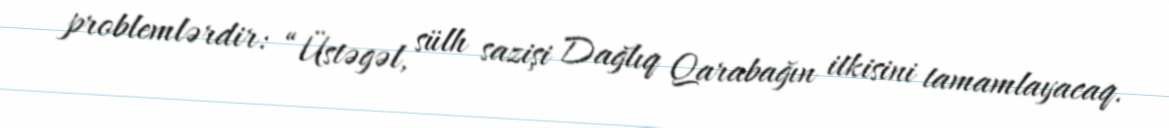
problemlərdir: “Üstəgəl, sülh sazişi Dağlıq Qarabağın itkisini tamamlayacaq.